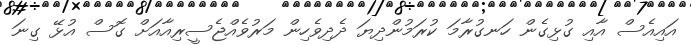
އައިއެސް އާއި ގުޅިގެން ހަނގުރާމަ ކުރަމުންދިޔަ ދެދިވެހިން މަރުވެއްޖެސީރިއާއަށް ގޮސް އުޅޭ ގިނަ